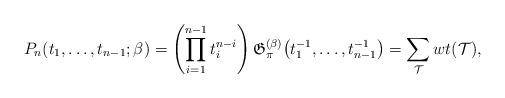
LaTeX: \begin{align*}P_n(t_1,\ldots,t_{n-1};\beta)= \left(\prod_{i= 1}^{n-1} t_i^{n-i} \right)\mathfrak{G}_{\pi}^{(\beta)}\big(t_1^{-1},\dots,t_{n-1}^{-1}\big) = \sum_{{\cal{T}}} wt({\cal{T}}),\end{align*}